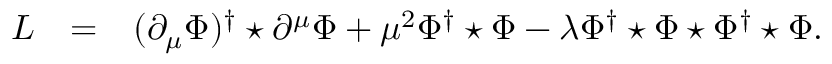
\begin{array} { r c l } { { { \cal L } } } & { { = } } & { { \displaystyle ( \partial _ { \mu } \Phi ) ^ { \dagger } \star \partial ^ { \mu } \Phi + \mu ^ { 2 } \Phi ^ { \dagger } \star \Phi - \lambda \Phi ^ { \dagger } \star \Phi \star \Phi ^ { \dagger } \star \Phi . } } \end{array}